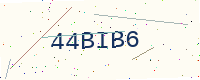
Text: 44BIB6